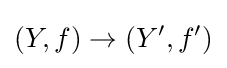
(Y,f)\to (Y',f')